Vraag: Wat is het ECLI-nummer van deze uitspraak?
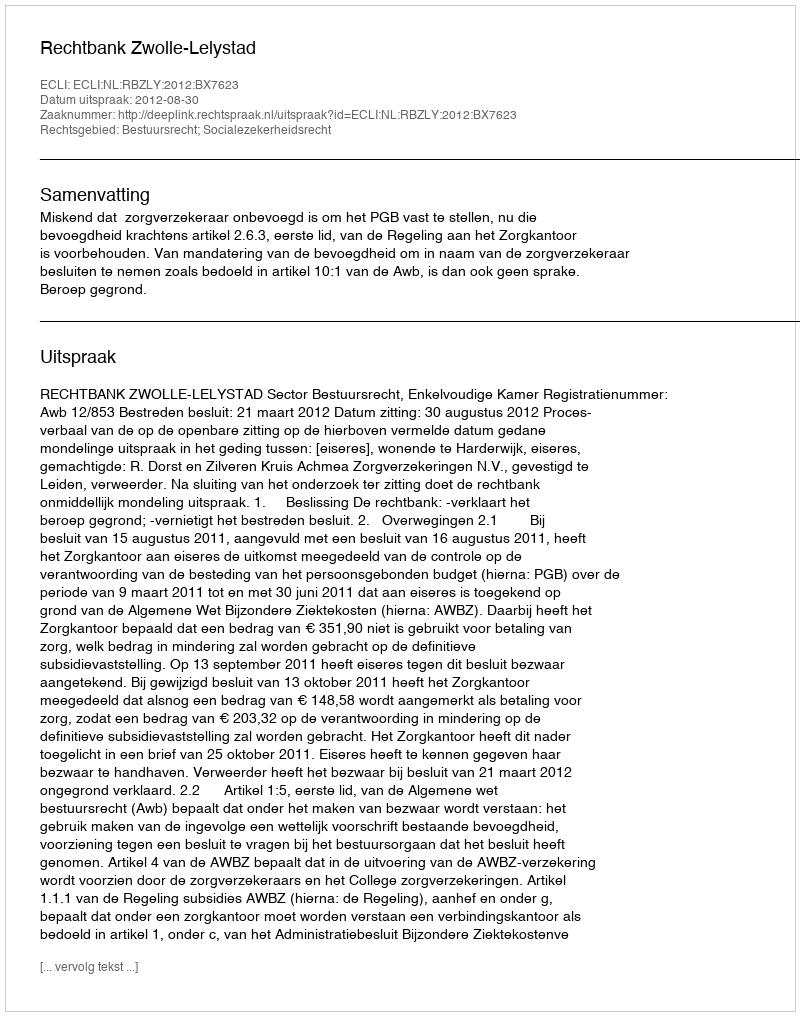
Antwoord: ECLI:NL:RBZLY:2012:BX7623